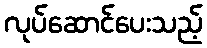
လုပ်ဆောင်ပေးသည့်